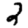
Digit: 2